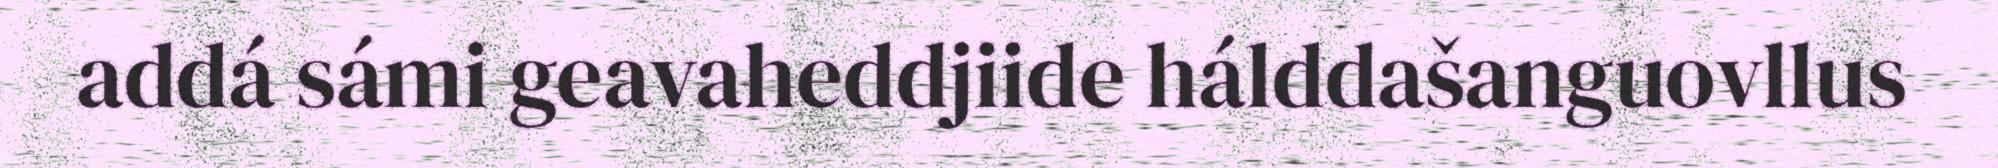
addá sámi geavaheddjiide hálddašanguovllus